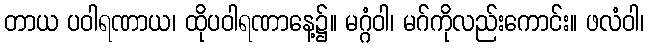
တာယ ပဝါရဏာယ၊ ထိုပဝါရဏာနေ့၌။ မဂ္ဂံဝါ၊ မဂ်ကိုလည်းကောင်း။ ဖလံဝါ၊